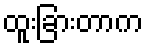
ထူးခြားတာက